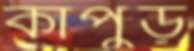
কাপুড়